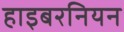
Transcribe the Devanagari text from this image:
हाइबरनियन